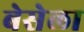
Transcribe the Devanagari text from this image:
बेसेला